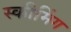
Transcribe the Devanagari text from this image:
स्कीमिंग